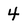
Character: 4